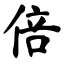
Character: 倍